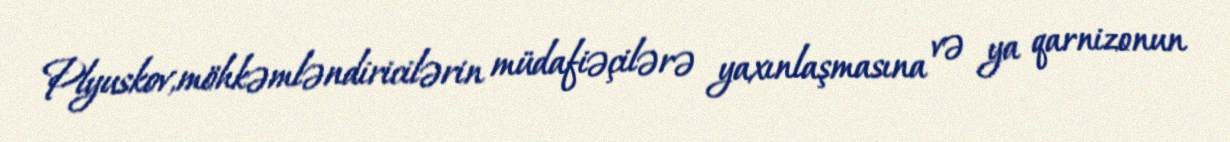
Plyuskov,möhkəmləndiricilərin müdafiəçilərə yaxınlaşmasına və ya qarnizonun